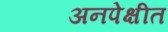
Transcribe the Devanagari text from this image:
अनपेक्षीत